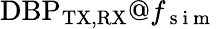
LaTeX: \mathrm{DBP}_{\mathrm{TX,RX}}@f_{\mathrm{~s~i~m~}}